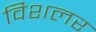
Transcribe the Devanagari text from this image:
विशलर